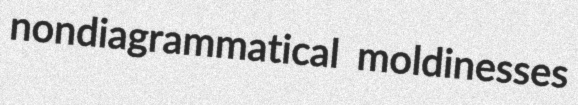
nondiagrammatical moldinesses